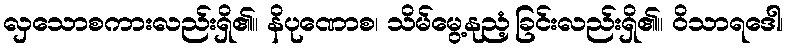
လှသောစကားလည်းရှိ၏။ နိပုဏောစ၊ သိမ်မွေ့နုညံ့ခြင်းလည်းရှိ၏။ ဝိသာရဒေါ၊